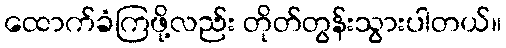
ထောက်ခံကြဖို့လည်း တိုတ်တွန်းသွားပါတယ်။